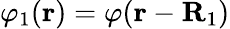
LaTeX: \varphi_{1}(\textbf{r})=\varphi(\textbf{r}-\textbf{R}_{1})